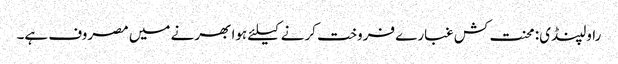
راولپنڈی: محنت کش غبارے فروخت کرنے کیلئے ہوا بھرنے میں مصروف ہے۔